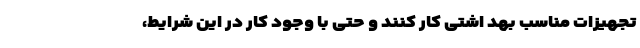
تجهیزاتِ مناسبِ بهد اشتی کار کنند و حتی با وجودِ کار در این شرایط،